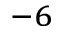
^ { - 6 }